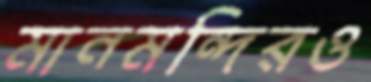
মানমন্দিরও